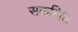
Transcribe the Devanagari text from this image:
सकलित